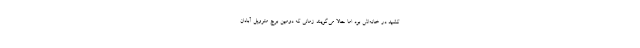
کشید در خانه‌اش بود اما حالا می‌گویند زمانی که دومین برج متروپل آبادان